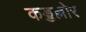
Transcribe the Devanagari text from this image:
कड्डल्लोर